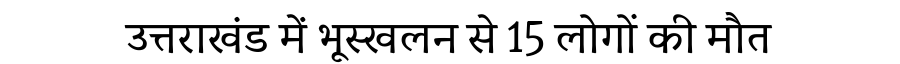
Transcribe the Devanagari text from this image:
उत्तराखंड में भूस्खलन से 15 लोगों की मौत